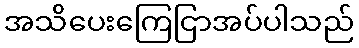
အသိပေးကြေငြာအပ်ပါသည်